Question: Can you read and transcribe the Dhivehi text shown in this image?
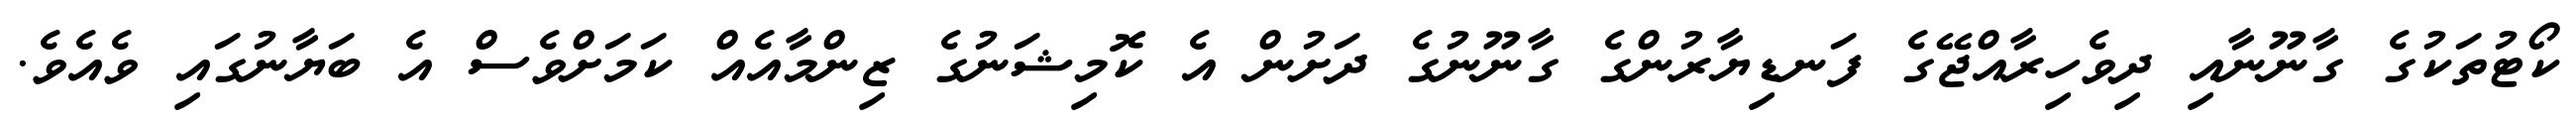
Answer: ކޯޓުތަކުގެ ގާނޫނާއި ދިވެހިރާއްޖޭގެ ފަނޑިޔާރުންގެ ގާނޫނުގެ ދަށުން އެ ކޮމިޝަނުގެ ޒިންމާއެއް ކަމަށްވެސް އެ ބަޔާނުގައި ވެއެވެ.